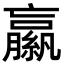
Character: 𦆁